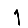
Digit: 1